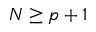
N \geq p + 1